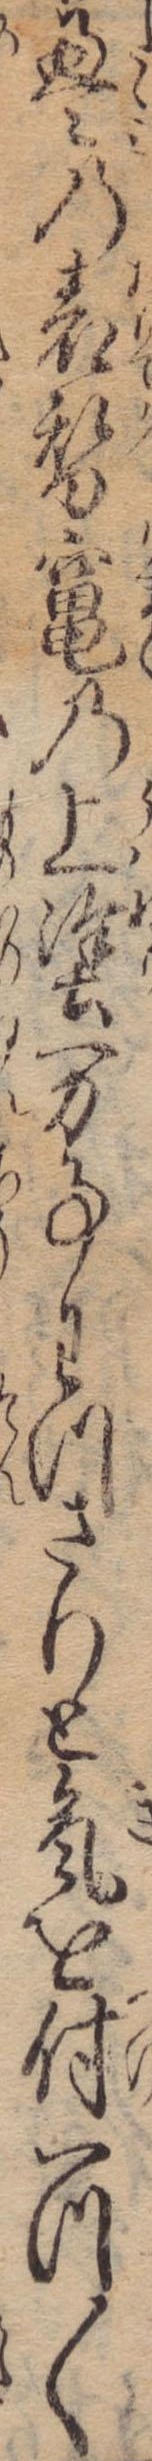
畳の表替竃の上塗万事わつさりと気を付一つ〱